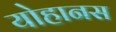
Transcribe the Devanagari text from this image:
योहानस